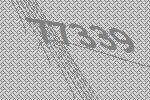
77339